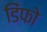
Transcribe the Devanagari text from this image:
डिंफो